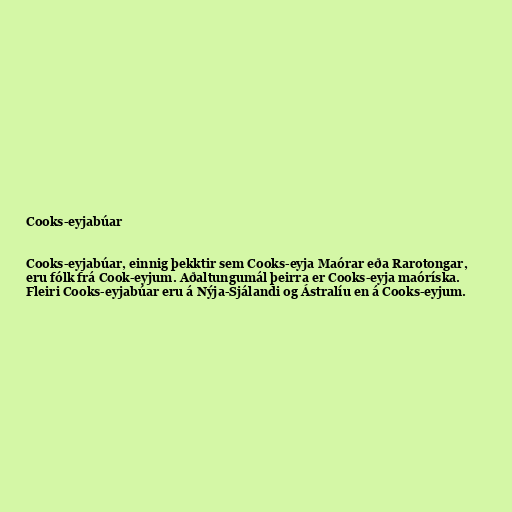
Cooks-eyjabúar

Cooks-eyjabúar, einnig þekktir sem Cooks-eyja Maórar eða Rarotongar,
eru fólk frá Cook-eyjum. Aðaltungumál þeirra er Cooks-eyja maóríska.
Fleiri Cooks-eyjabúar eru á Nýja-Sjálandi og Ástralíu en á Cooks-eyjum.